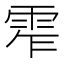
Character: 𩂖